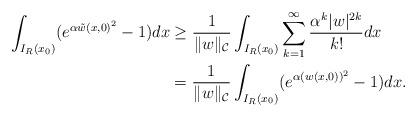
\begin{align*}\int_{I_R(x_0)} (e^{\alpha {{\tilde{w}(x,0)}}^2} -1)dx & \ge \frac{1}{\| w\|_{\mathcal{C}}} \int_{I_R(x_0)} \sum_{k=1}^{\infty} \frac{\alpha^k |w|^{2k}}{k!} dx \\&= \frac{1}{\|w\|_{\mathcal{C}}} \int_{I_R(x_0)} (e^{\alpha (w(x,0))^2} -1) dx.\end{align*}